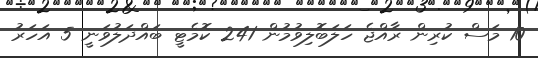
10 މަސް ކުރިން ރާއްޖެ ހަލަބޮލިވުމުން 241 ކޮމެޓީ ބައްދަލުވަނީ 5 އަހަރު